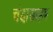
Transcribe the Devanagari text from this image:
चंदासाहब